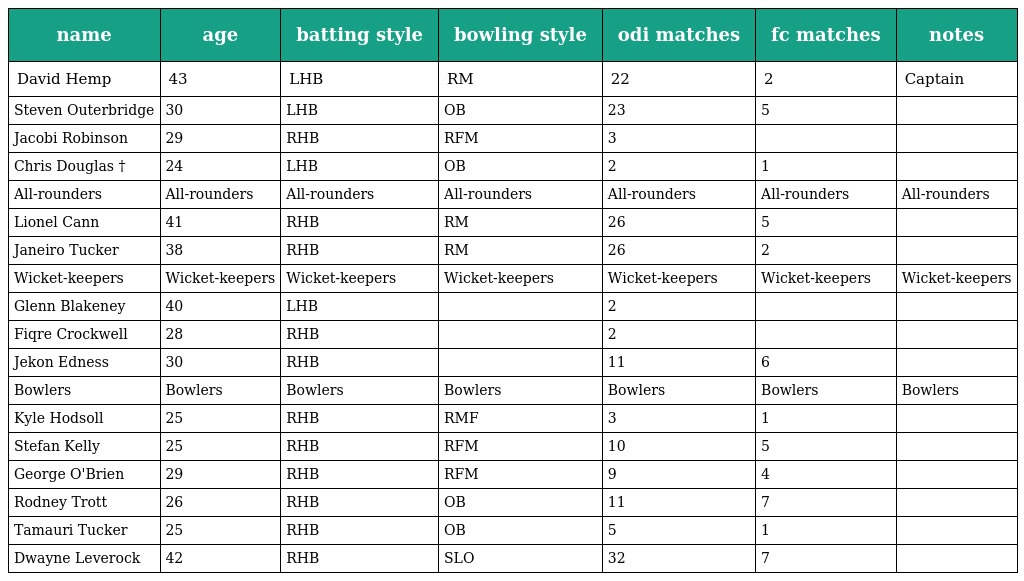
| name | age | batting style | bowling style | odi matches | fc matches | notes |
 | --- | --- | --- | --- | --- | --- | --- |
 | David Hemp | 43 | LHB | RM | 22 | 2 | Captain |
 | Steven Outerbridge | 30 | LHB | OB | 23 | 5 |  |
 | Jacobi Robinson | 29 | RHB | RFM | 3 |  |  |
 | Chris Douglas † | 24 | LHB | OB | 2 | 1 |  |
 | All-rounders | All-rounders | All-rounders | All-rounders | All-rounders | All-rounders | All-rounders |
 | Lionel Cann | 41 | RHB | RM | 26 | 5 |  |
 | Janeiro Tucker | 38 | RHB | RM | 26 | 2 |  |
 | Wicket-keepers | Wicket-keepers | Wicket-keepers | Wicket-keepers | Wicket-keepers | Wicket-keepers | Wicket-keepers |
 | Glenn Blakeney | 40 | LHB |  | 2 |  |  |
 | Fiqre Crockwell | 28 | RHB |  | 2 |  |  |
 | Jekon Edness | 30 | RHB |  | 11 | 6 |  |
 | Bowlers | Bowlers | Bowlers | Bowlers | Bowlers | Bowlers | Bowlers |
 | Kyle Hodsoll | 25 | RHB | RMF | 3 | 1 |  |
 | Stefan Kelly | 25 | RHB | RFM | 10 | 5 |  |
 | George O'Brien | 29 | RHB | RFM | 9 | 4 |  |
 | Rodney Trott | 26 | RHB | OB | 11 | 7 |  |
 | Tamauri Tucker | 25 | RHB | OB | 5 | 1 |  |
 | Dwayne Leverock | 42 | RHB | SLO | 32 | 7 |  |